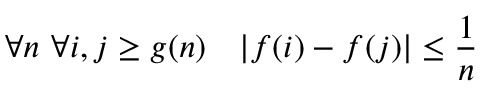
\forall n \ \forall i , j \geq g ( n ) \quad | f ( i ) - f ( j ) | \leq { \frac { 1 } { n } }